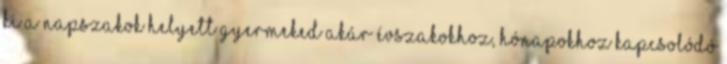
ki A napszakok helyett gyermeked akár évszakokhoz, hónapokhoz kapcsolódó